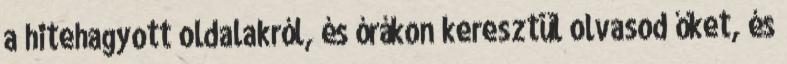
a hitehagyott oldalakról, és órákon keresztül olvasod őket, és